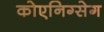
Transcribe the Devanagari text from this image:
कोएनिग्सेग